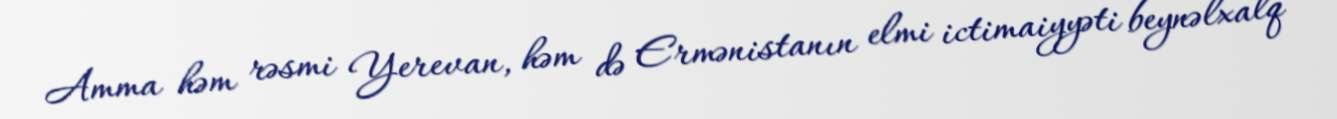
Amma həm rəsmi Yerevan, həm də Ermənistanın elmi ictimaiyyəti beynəlxalq